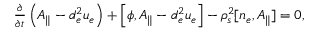
\begin{array} { r } { \frac { \partial } { \partial t } \left( A _ { \parallel } - d _ { e } ^ { 2 } u _ { e } \right) + \left[ \phi , A _ { \parallel } - d _ { e } ^ { 2 } u _ { e } \right] - \rho _ { s } ^ { 2 } [ n _ { e } , A _ { \parallel } ] = 0 , } \end{array}